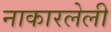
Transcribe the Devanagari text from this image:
नाकारलेली